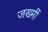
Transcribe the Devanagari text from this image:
जख्मीं